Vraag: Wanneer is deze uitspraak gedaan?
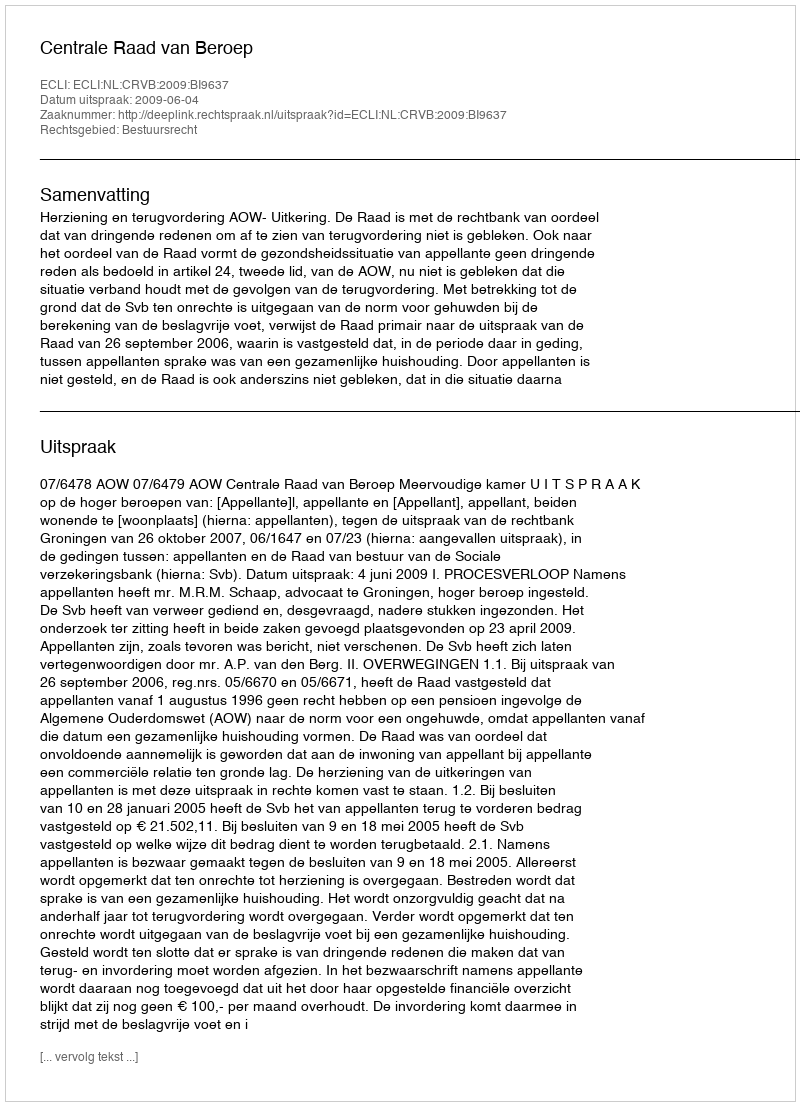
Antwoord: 2009-06-04